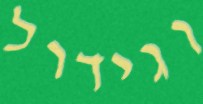
וגידול